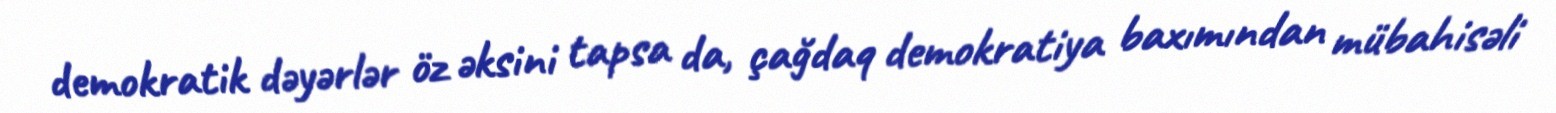
demokratik dəyərlər öz əksini tapsa da, çağdaq demokratiya baxımından mübahisəli